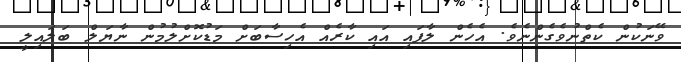
ވޭނަކުން ކެތްނުވެގެންނެވެ. އެހެން ލާފައި އައި ކާރެއް އެހިސާބަށް މަޑުކޮށްލުމުން ނާޔަލް ބަލައިލީ